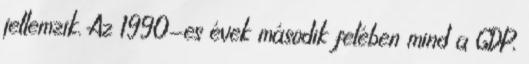
jellemzik. Az 1990-es évek második felében mind a GDP,